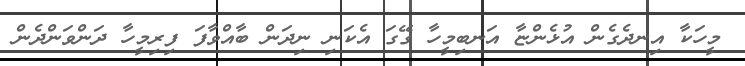
މީހަކާ އިނދެގެން އުޅެންޏާ އަނބިމީހާ ގޭގަ އެކަނި ނިދަން ބާއްވާފަ ފިރިމީހާ ދަންވަންދެން